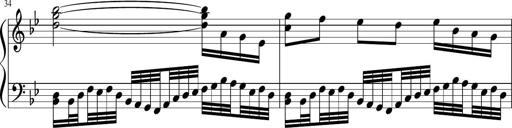
Title: Sonatina in F major
Composer: Ethan Ngo
Key: F major